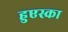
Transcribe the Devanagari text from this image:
हुएस्का